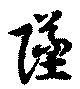
墜